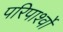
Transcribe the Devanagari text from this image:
परिपार्श्वों